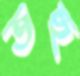
তহু